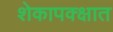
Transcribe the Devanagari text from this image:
शेकापक्क्षात